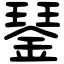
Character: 𨨖